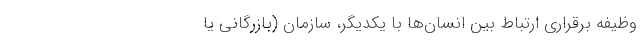
وظیفه برقراری ارتباط بین انسان‌ها با یکدیگر‌، سازمان (بازرگانی یا